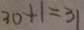
3 0 + 1 = 3 1